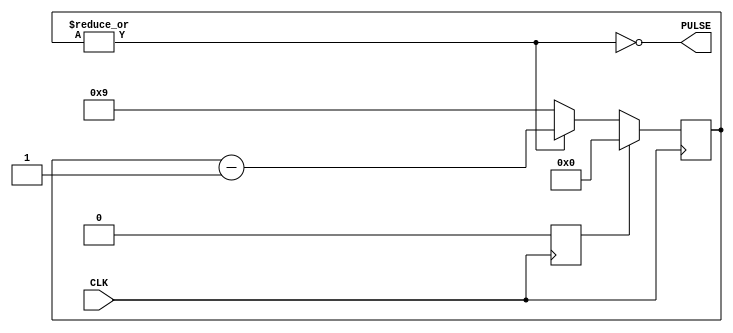
module clock_divider_pulse  #(
  parameter N = 10
) 
(
    input  CLK,
    output PULSE
);
 
    function integer MinBitWidth;
    input [1023:0] value;
    begin
        for (MinBitWidth = 0; value > 0; MinBitWidth = MinBitWidth + 1)
        begin
            value = value >> 1;
        end
    end
    endfunction
 
    reg [MinBitWidth(N) - 1:0]  count;
    reg curr_state;
    reg next_state;

    always @(*) begin : FSM_COMBO
        next_state = curr_state;
        case (curr_state)
            1'b0:
            begin
                next_state = 1'b0;
            end
            default:
            begin
                next_state = 1'b0;
            end
        endcase
    end
 
    always @(posedge CLK) begin
        curr_state <= next_state;
        case(curr_state)
            1'b0:
            begin
                if (~|count) begin
                    count <= N - 1;
                end else begin
                    count <= count - 1;
                end
            end
            default:
            begin
                count <= 0;
                curr_state <= 1'b0;
            end
        endcase
    end
  
    // pulse generator
    assign PULSE = ~|count;
 
endmodule